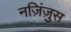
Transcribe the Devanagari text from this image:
नज़िंज़ुस